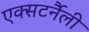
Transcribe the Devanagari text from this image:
एक्सटर्नैली